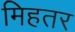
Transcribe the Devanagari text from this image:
मिहतर